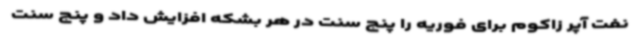
نفت آپر زاکوم برای فوریه را پنج سنت در هر بشکه افزایش داد و پنج سنت